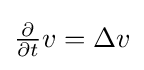
{\textstyle {\frac {\partial }{\partial t}}v=\Delta v}